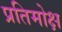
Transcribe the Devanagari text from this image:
प्रतिमोक्ष